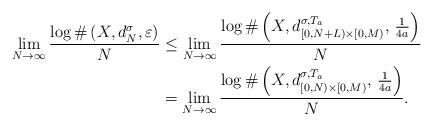
LaTeX: \begin{align*} \lim_{N\to \infty} \frac{\log \#\left(X, d^\sigma_N,\varepsilon\right)}{N} &\leq \lim_{N\to \infty} \frac{\log \#\left(X, d^{\sigma, T_a}_{[0, N+L)\times [0,M)},\, \frac{1}{4a}\right)}{N} \\ & = \lim_{N\to \infty} \frac{\log \#\left(X, d^{\sigma, T_a}_{[0, N)\times [0,M)},\, \frac{1}{4a}\right)}{N}.\end{align*}